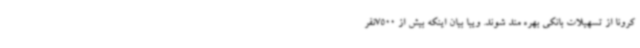
کرونا از تسهیلات بانکی بهره مند شوند. ویبا بیان اینکه بیش از 7500نفر